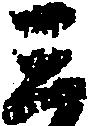
三